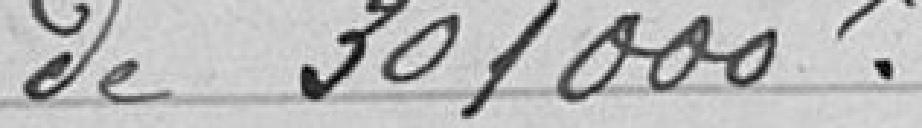
de 301000